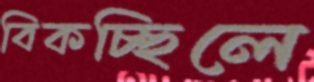
বিকচ্ছিলে